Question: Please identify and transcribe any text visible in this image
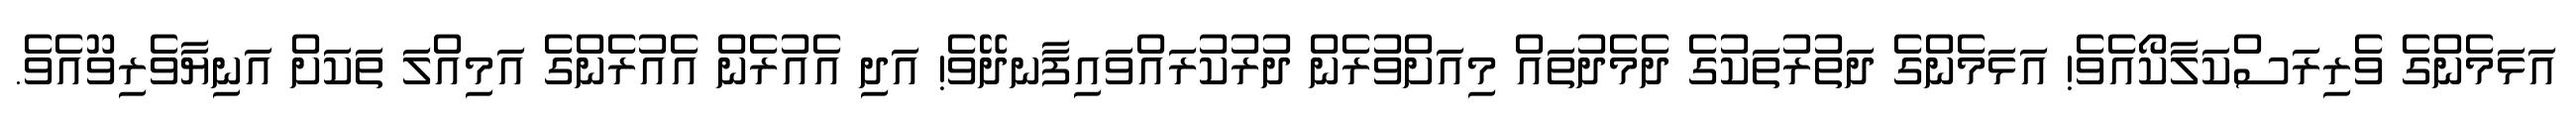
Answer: އަޅަމެންގެ ވެރިރަސްކަލާކޯއެވެ! އަޅަމެންގެ ދަތުރުތަކުގެ ދެމެދުތައް މިއަށްވުރެން ދުރުކުރައްވައިފާނދޭވެ! އަދި އެއުރެން އެއުރެންގެ އަމިއްލަ ތަކަށް އަނިޔާވެރިވޫއެވެ.